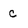
Character: C